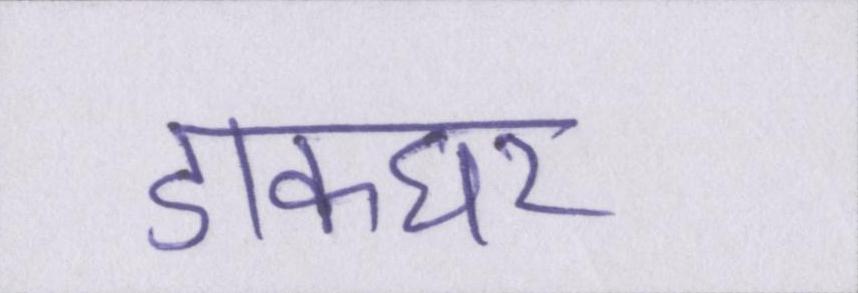
डाकघर